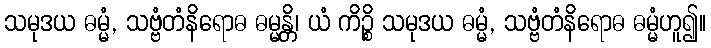
သမုဒယ ဓမ္မံ, သဗ္ဗံတံနိရောဓ ဓမ္မန္တိ၊ ယံ ကိဉ္စိ သမုဒယ ဓမ္မံ, သဗ္ဗံတံနိရောဓ ဓမ္မံဟူ၍။